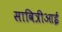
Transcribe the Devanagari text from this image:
सावित्रीआई